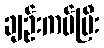
ချဉ်းကပ်ပြီး